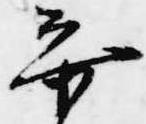
参